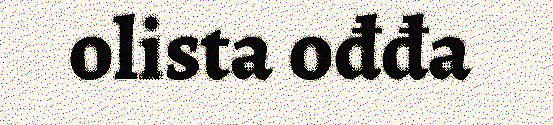
olista ođđa